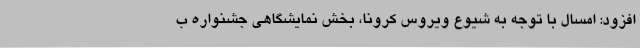
افزود: امسال با توجه به شیوع ویروس کرونا، بخش نمایشگاهی جشنواره ب